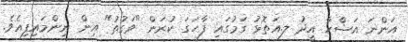
އަންނަ އަޟްހާ އީދު ލ.އަތޮޅު ގަމުގައި ފާހަގަ ކުރަން "ވަގުތު" އިން ނިންމައިފިއެވެ.